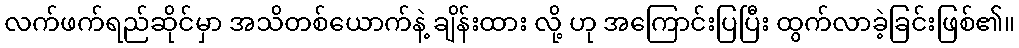
လက်ဖက်ရည်ဆိုင်မှာ အသိတစ်ယောက်နဲ့ ချိန်းထား လို့ ဟု အကြောင်းပြပြီး ထွက်လာခဲ့ခြင်းဖြစ်၏။